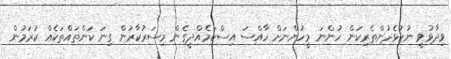
ވިދާޅުވީ ނުކުޅެދުންތެރިކަން ހުންނަ މީހުންނަށް ހާއްސަ އިސްކަމެއްދީގެން މިސަރުކާރުން ގިނަ ކަންތައްތަކެއް ކުރަމުން